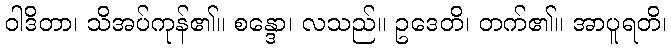
ဝါဒိတာ၊ သိအပ်ကုန်၏။ စန္ဒော၊ လသည်။ ဥဒေတိ၊ တက်၏။ အာပူရတိ၊